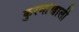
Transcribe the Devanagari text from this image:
कुरणांखाली